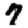
Digit: 7